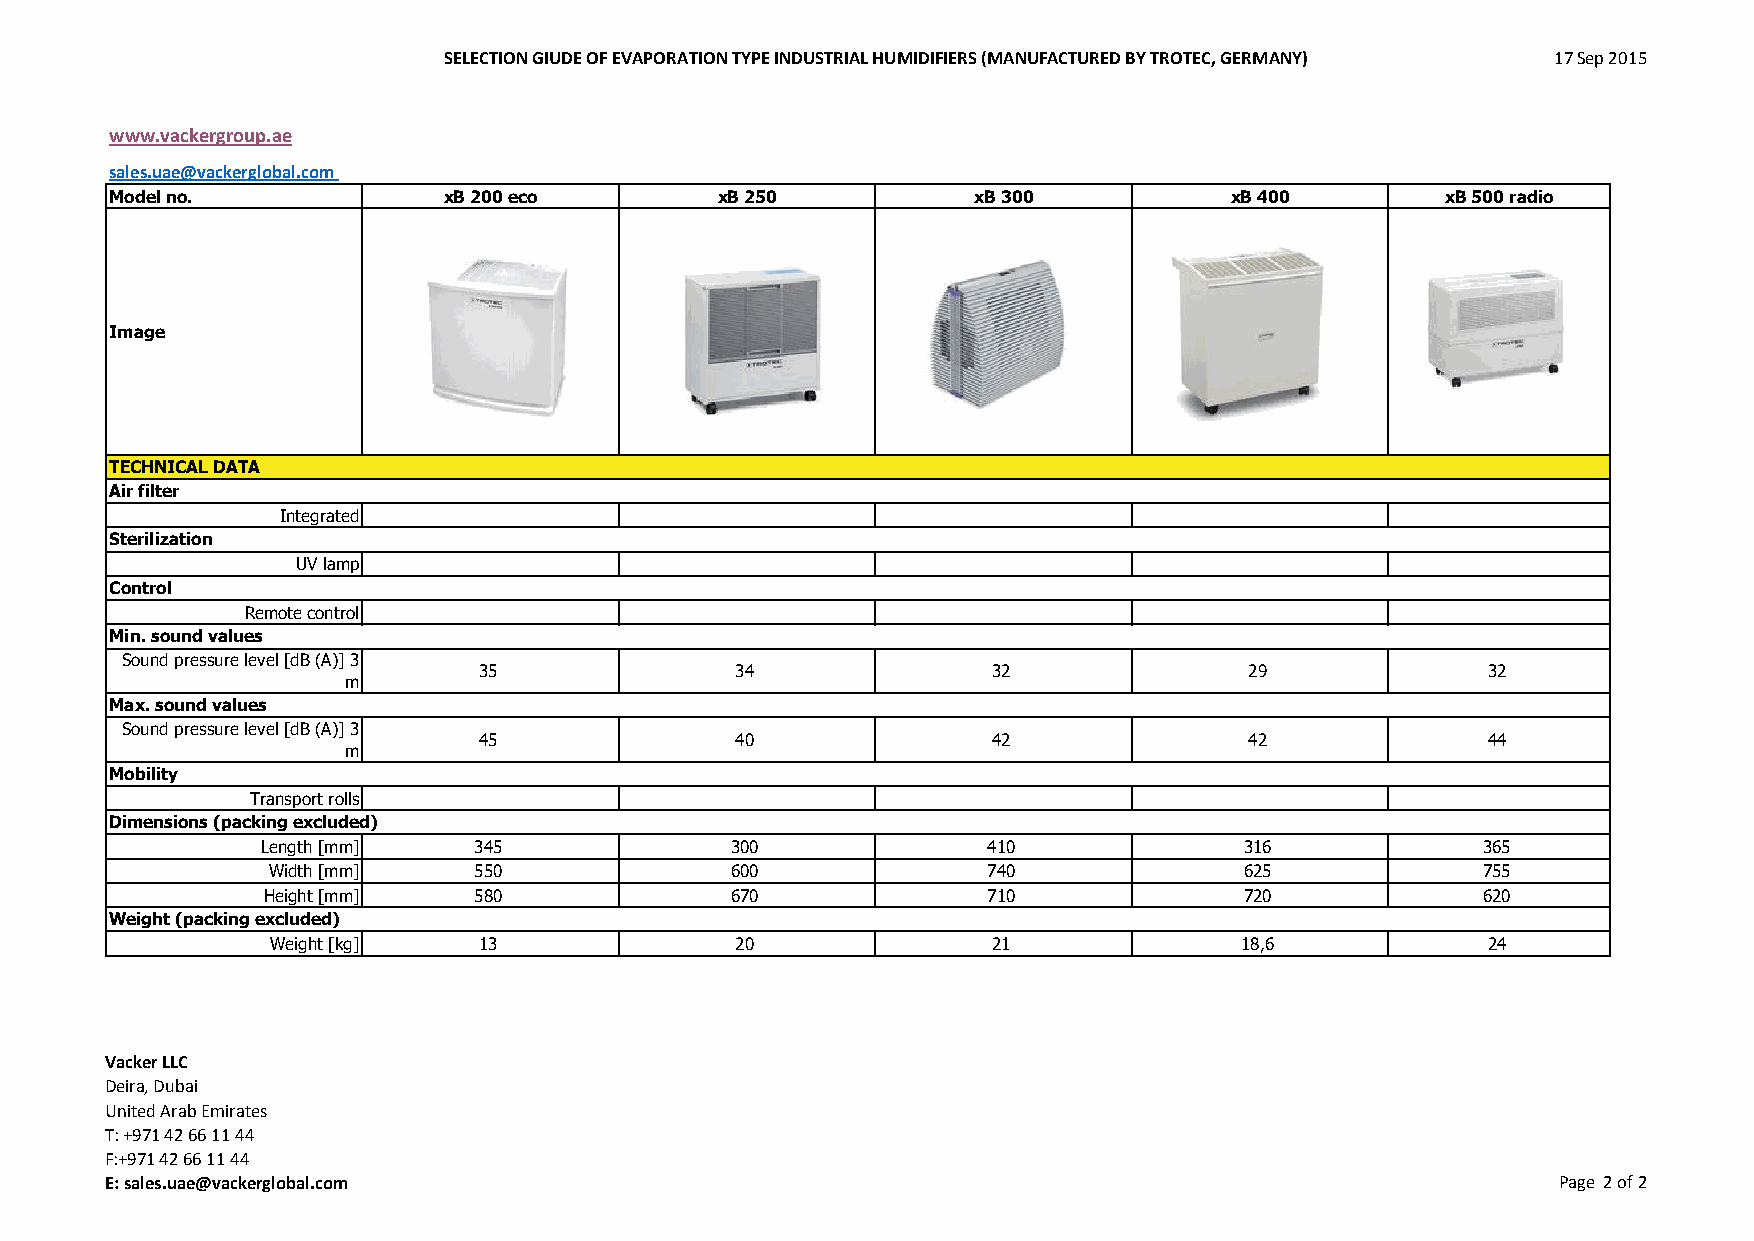
SELECTION GIUDE OF EVAPORATION TYPE INDUSTRIAL HUMIDIFIERS (MANUFACTURED BY TROTEC, GERMANY) 17 Sep 2015
 www.vackergroup.ae
 sales.uae@vackerglobal.com
 Model no.             xB 200 eco         xB 250          xB 300           xB 400         xB 500 radio
 Image
 TECHNICAL DATA
 Air filter
 Integrated
 Sterilization
 UV lamp
 Control
 Remote control
 Min. sound values
 Sound pressure level [dB (A)] 3
 35               34               32               29             32
 m
 Max. sound values
 Sound pressure level [dB (A)] 3
 45               40               42               42             44
 m
 Mobility
 Transport rolls
 Dimensions (packing excluded)
 Length [mm]   345              300              410              316             365
 Width [mm]   550              600              740              625             755
 Height [mm]   580              670              710              720             620
 Weight (packing excluded)
 Weight [kg]   13               20               21              18,6            24
 Vacker LLC
 Deira, Dubai
 United Arab Emirates
 T: +971 42 66 11 44
 F:+971 42 66 11 44
 E: sales.uae@vackerglobal.com                                                                   Page 2 of 2